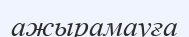
ажырамауға